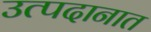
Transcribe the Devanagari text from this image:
उत्पदानात